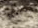
وسعك